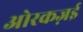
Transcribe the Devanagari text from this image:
ओरकज़ई